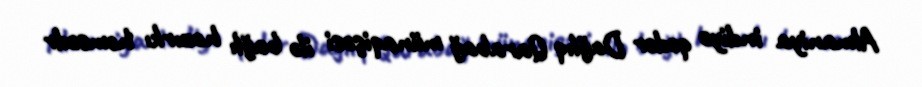
Almaniya indiyə qədər Dağlıq Qarabağ münaqişəsi ilə bağlı hazırkı həmsədr